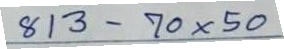
813 - 70 x 50